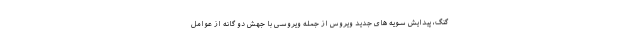
گنگ، پیدایش سویه های جدید ویروس از جمله ویروسی با جهش دو گانه از عوامل